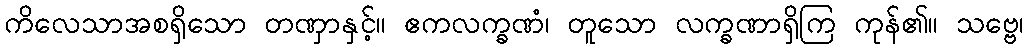
ကိလေသာအစရှိသော တဏှာနှင့်။ ဧကလက္ခဏံ၊ တူသော လက္ခဏာရှိကြ ကုန်၏။ သဗ္ဗေ၊